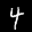
Label: 4